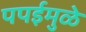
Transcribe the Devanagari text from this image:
पपईमुळे